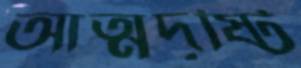
আত্মদৃষ্টি